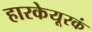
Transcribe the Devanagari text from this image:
हारकेयूरकं